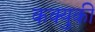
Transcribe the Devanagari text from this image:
कक्युकी